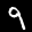
Label: 9